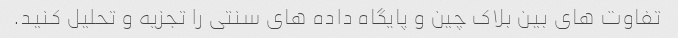
تفاوت های بین بلاک چین و پایگاه داده های سنتی را تجزیه و تحلیل کنید.